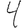
Digit: 4